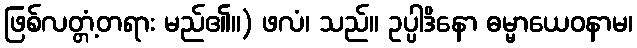
ဖြစ်လတ္တံ့တရား မည်၏။) ဖလံ၊ သည်။ ဥပ္ပါဒိနော ဓမ္မာယေဝနာမ၊